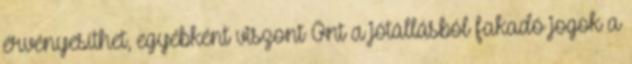
érvényesíthet, egyébként viszont Önt a jótállásból fakadó jogok a